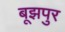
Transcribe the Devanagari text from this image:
बूझपुर